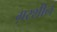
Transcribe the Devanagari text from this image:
ग़रशीन